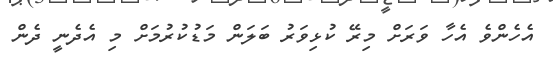
އެހެންވެ އެހާ ވަރަށް މިރޭ ކުޅިވަރު ބަލަން މަޑުކުރުމަށް މި އެދެނީ ދެން